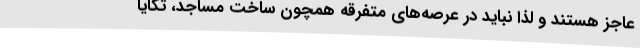
عاجز هستند و لذا نباید در عرصه‌های متفرقه همچون ساخت مساجد، تکایا